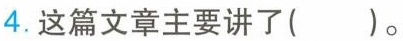
4.这篇文章主要讲了（）。